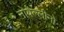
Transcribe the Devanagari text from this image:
नोवेल्लीनो